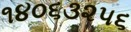
૧૪૦૬૩૨૫૬